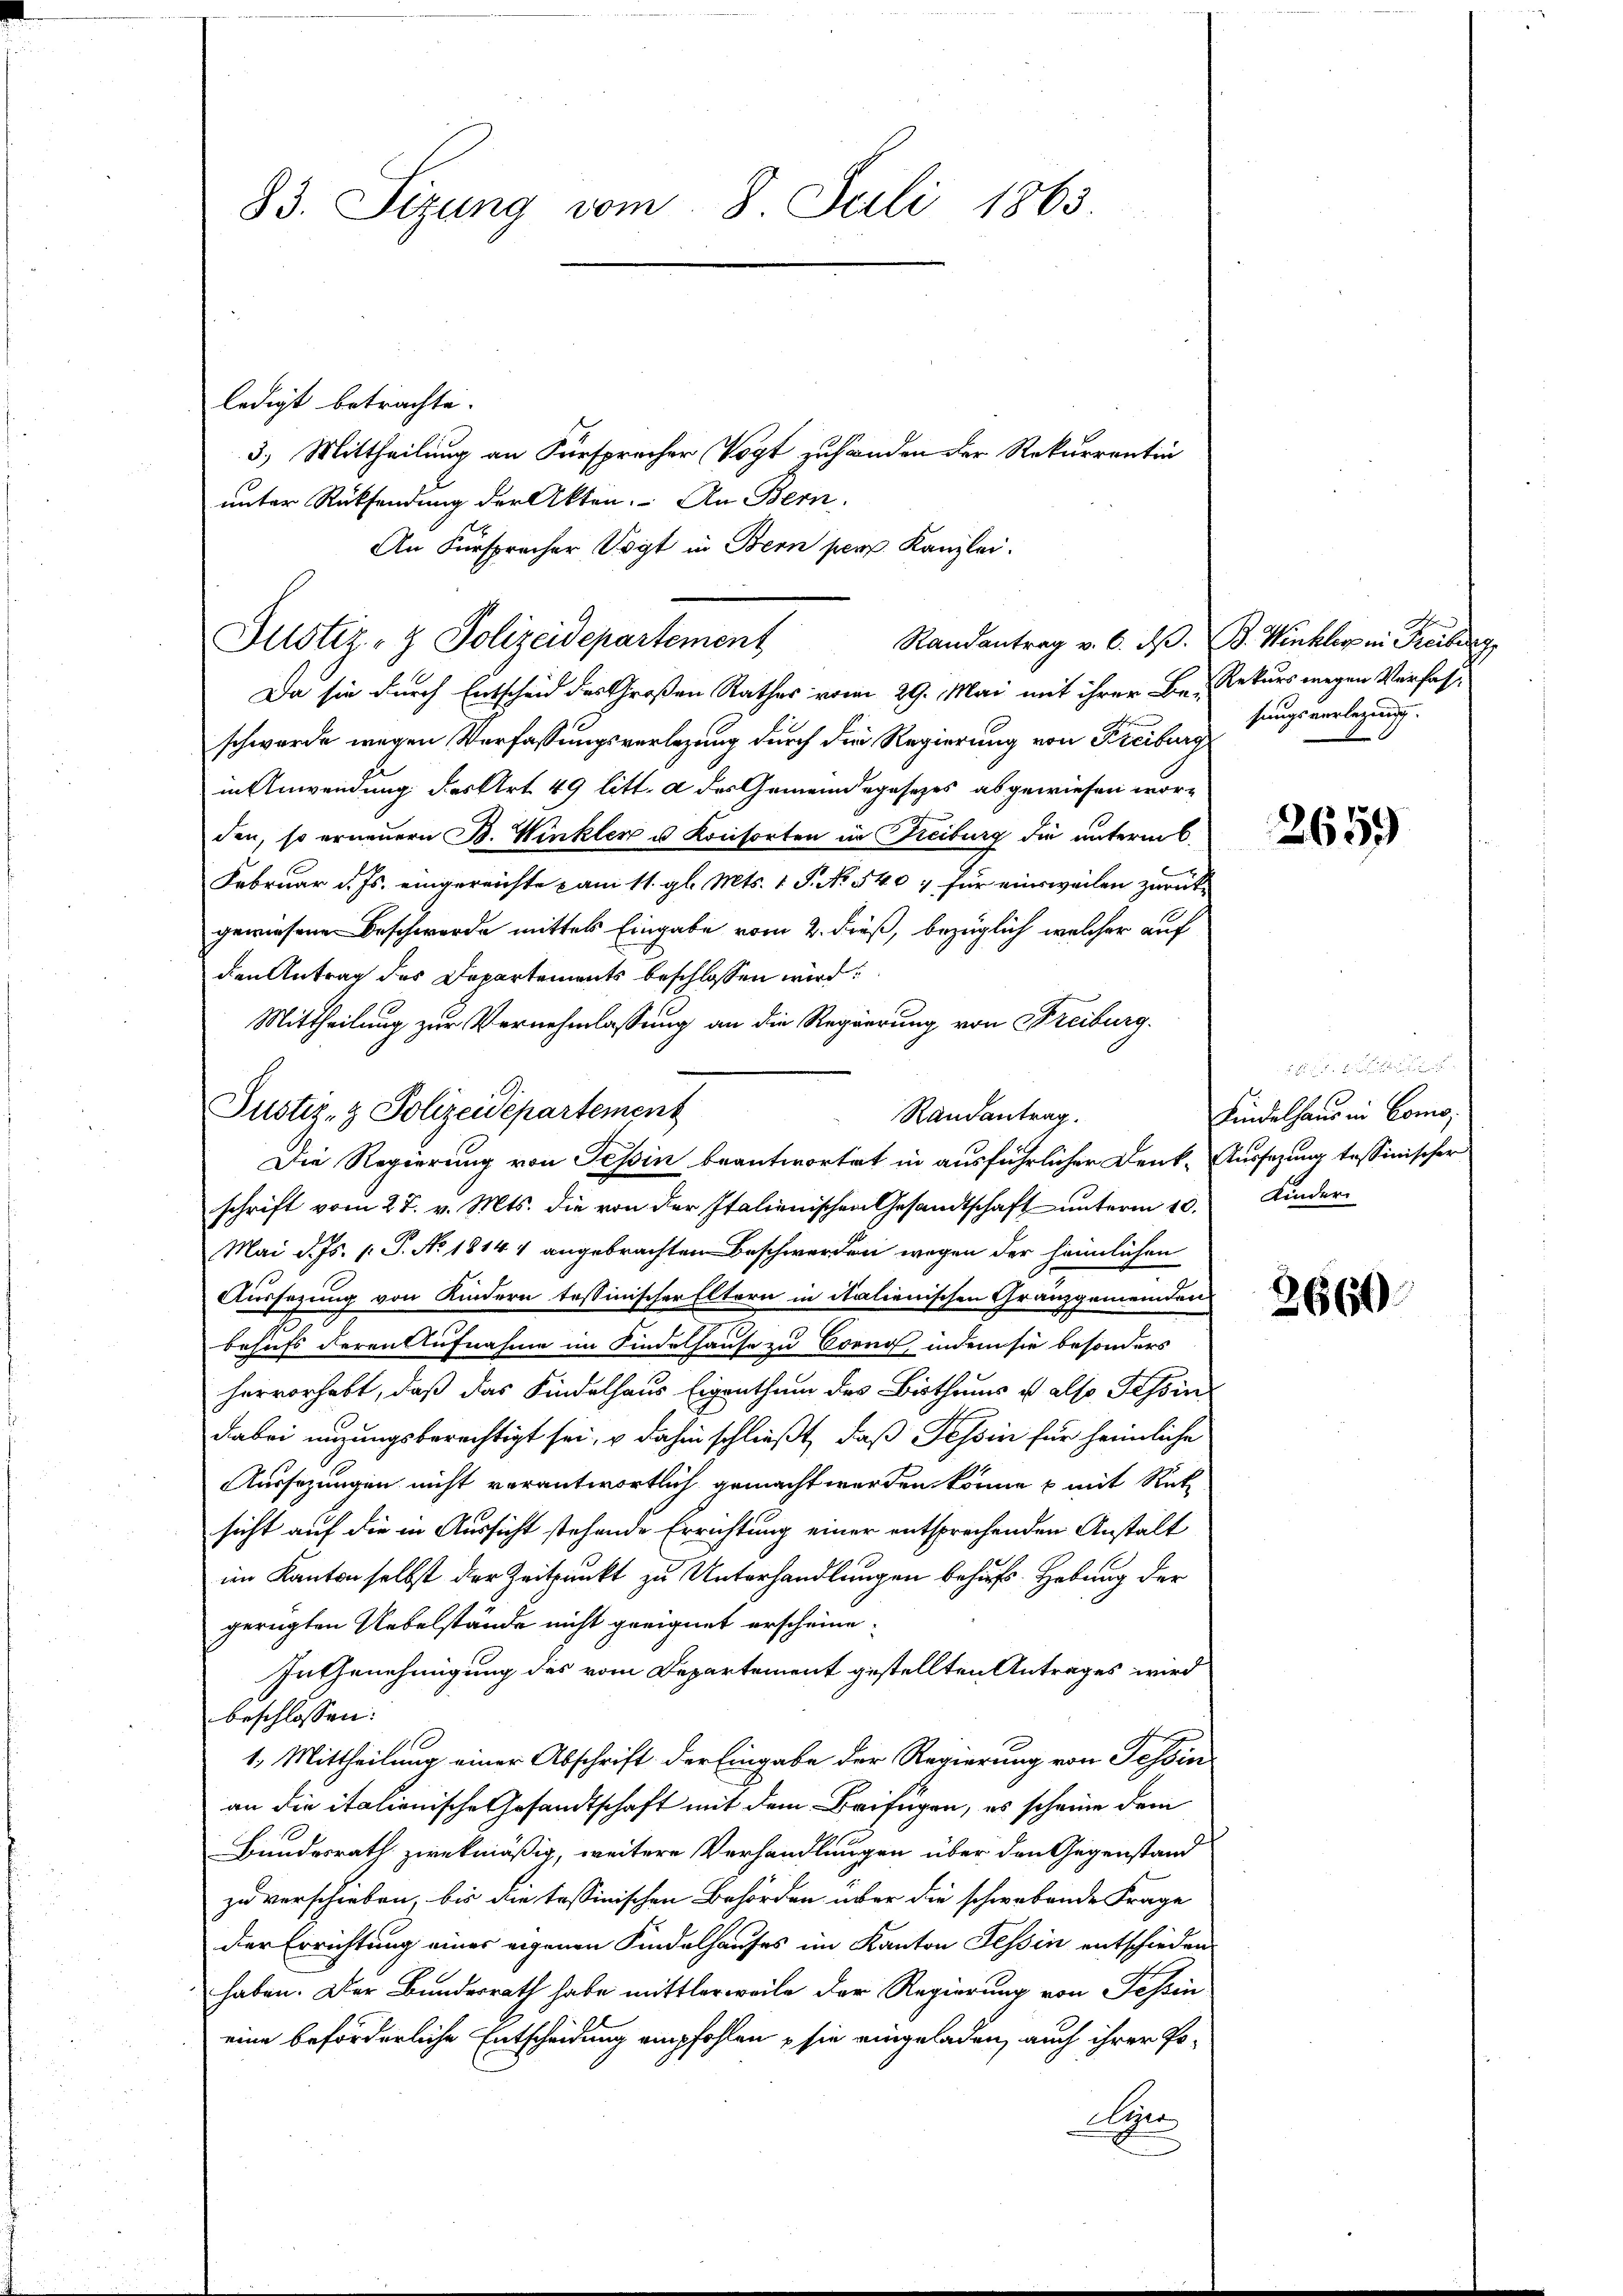
ledigt betrachte.
3.) Mittheilung an Fürsprecher Vogt zuhanden der Rekurrentin
unter Rücksendung der Akten. An Bern,
An Fürsprecher Vogt in Bern pers. Kanzlei.
Da sie durch Entscheid des Großen Rathes vom 29. Mai mit ihrer Be- Rekurs wegen Verfass
schwerde wegen Verfassungsverlegung durch die Regierung von Freiburg
in Anwendung der Art. 49 litt. a des Gemeindegesezes abgewiesen worden, so erneuern B. Winkler u. Konsorten in Freiburg die unterm 6.
Februar d. Js. eingereichte am 11. gl. Mts. 1 S. No. 540. für einsweilen zurückgewiesene Beschwerde mittels Eingabe vom 2. dieß, bezüglich welcher auf
den Antrag des Departements beschlossen wird.
Mittheilung zur Vernehmlassung an die Regierung von Freiburg.
Die Regierung von Tessin beantwortet in ausführlicher Denk-
schrift vom 27. v. Mts. die von der Italienischen Gesandtschaft unterm 10. Kinder¬
Mai d. Js. s. S. No 1814 1 angebrachten Beschwerden wegen der heimlichen
Aussezung von Kindern tessinischer Eltern in italienischen Granzgemeinden
behufs deren Aufnahme im Kindelhause zu Creng, indem sie besonders
hervorhebt, daß das Kindelhaus Eigenthum des Bisthums u. also Tessin
dabei nizungsberechtigt sei, u dahin schließt, daß Tessin für heimliche
Aussezungen nicht verantwortlich gemacht werden könne u mit Ret
sicht auf die in Aussicht stehende Errichtung einer entsprechenden Anstalt
im Kanton selbst der Zeitpunkt zu Unterhandlungen behufs Hebung der
gerügten Uebelstände nicht geeignet erscheine.
In Genehmigung des vom Departement gestellten Antrages wird
beschlossen:
1. Mittheilung einer Abschrift der Eingabe der Regierung von Tessin
an die italionische Gesandtschaft mit dem Beifügen, es scheine dem
Bundesrath zwekmäßig, weitere Verhandlungen über den Gegenstand
zu verschieben, bis die tessinischen Behörden über die schwebende Frage
der Errichtung eines eigenen Kindelhauses im Kanton Tessin entschieden
haben. Der Bundesrath habe mittlerweile der Regierung von Tessin
eine beförderliche Entscheidung empfohlen, sie eingeladen, auch ihrer Po¬
Aen

83. Sizung vom 8. Juli 1863.

Justiz- & Polizeidepartement

Justiz- & Polizeidepartement

Randantrag.

Randantrag v. 6. d. B. Winkler in Freiburg
hungsverlegung. |

2659

de ge
Kindelhaus in Como
Aussagung tessinischer

2660